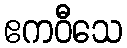
ဧကဝီသေ